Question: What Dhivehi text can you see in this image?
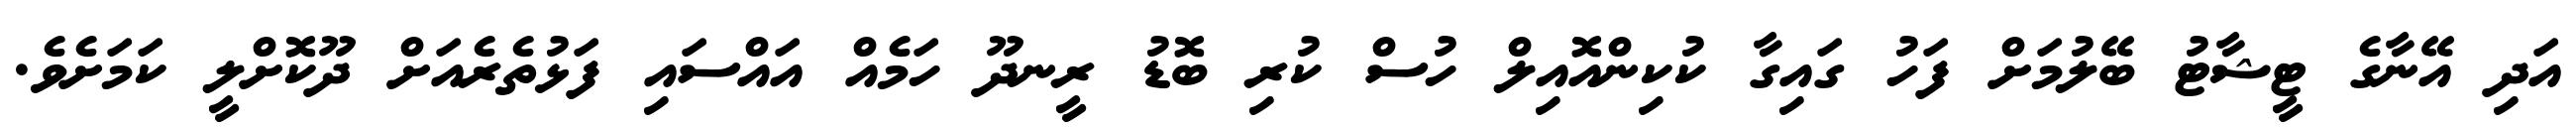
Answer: އަދި އޭނާގެ ޓީޝާޓު ބޭލުމަށް ފަހު ގައިގާ ކުކިންއޮއިލް ހުސް ކުރި ބޮޑު ރީނދޫ ހަމެއް އައްސައި ފަޅުތެރެއަށް ދޫކޮށްލީ ކަމަށެވެ.